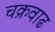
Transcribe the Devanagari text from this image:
चक्रवाढ